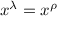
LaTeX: x ^ { \lambda } = x ^ { \rho }